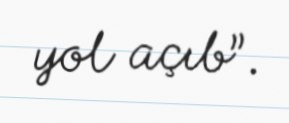
yol açıb”.